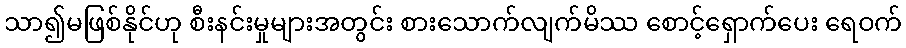
သာ၍မဖြစ်နိုင်ဟု စီးနင်းမှုများအတွင်း စားသောက်လျက်မိဿ စောင့်ရှောက်ပေး ရေဝက်